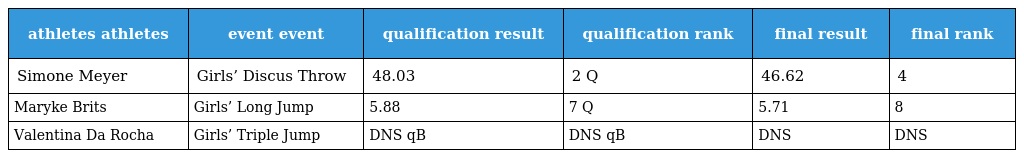
| athletes athletes | event event | qualification result | qualification rank | final result | final rank |
 | --- | --- | --- | --- | --- | --- |
 | Simone Meyer | Girls’ Discus Throw | 48.03 | 2 Q | 46.62 | 4 |
 | Maryke Brits | Girls’ Long Jump | 5.88 | 7 Q | 5.71 | 8 |
 | Valentina Da Rocha | Girls’ Triple Jump | DNS qB | DNS qB | DNS | DNS |